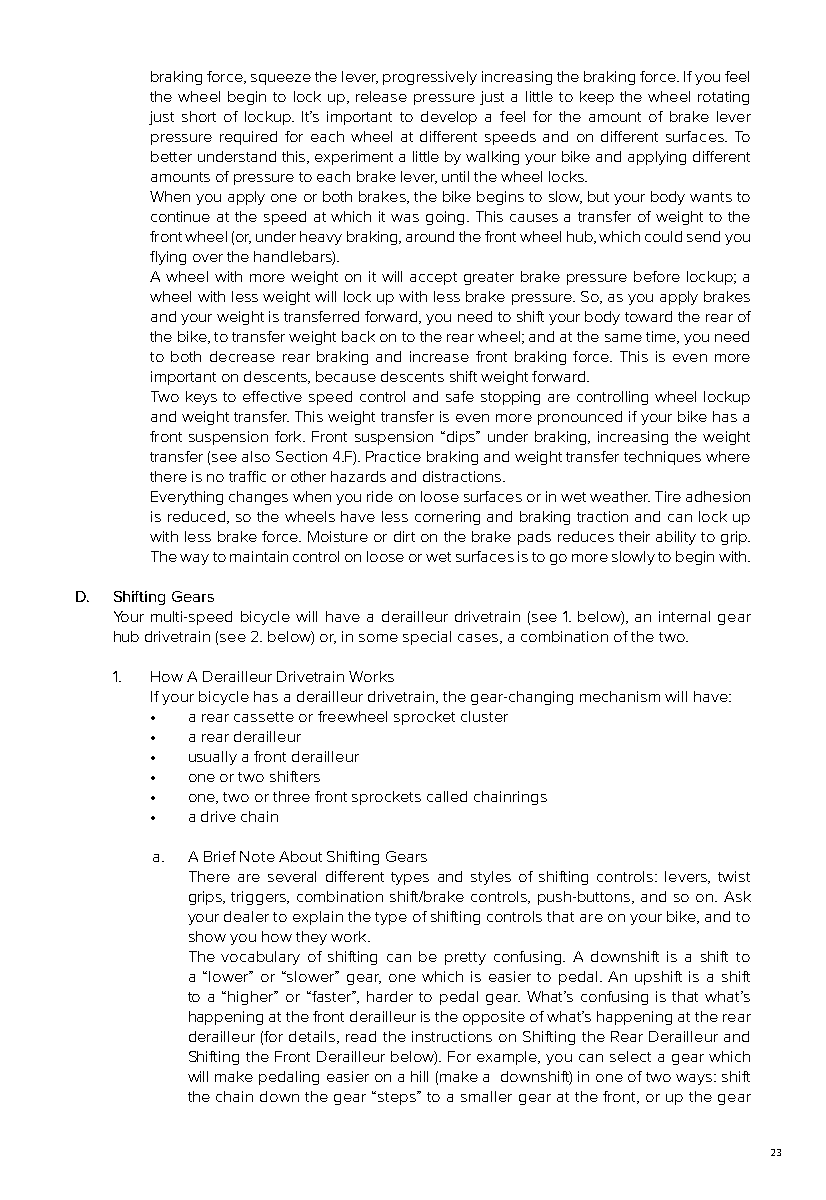
braking force, squeeze the lever, progressively increasing the braking force. If you feel
 the wheel begin to lock up, release pressure just a little to keep the wheel rotating
 just short of lockup. It’s important to develop a feel for the amount of brake lever
 pressure required for each wheel at different speeds and on different surfaces. To
 better understand this, experiment a little by walking your bike and applying different
 amounts of pressure to each brake lever, until the wheel locks.
 When you apply one or both brakes, the bike begins to slow, but your body wants to
 continue at the speed at which it was going. This causes a transfer of weight to the
 front wheel (or, under heavy braking, around the front wheel hub, which could send you
 flying over the handlebars).
 A wheel with more weight on it will accept greater brake pressure before lockup; a
 wheel with less weight will lock up with less brake pressure. So, as you apply brakes
 and your weight is transferred forward, you need to shift your body toward the rear of
 the bike, to transfer weight back on to the rear wheel; and at the same time, you need
 to both decrease rear braking and increase front braking force. This is even more
 important on descents, because descents shift weight forward.
 Two keys to effective speed control and safe stopping are controlling wheel lockup
 and weight transfer. This weight transfer is even more pronounced if your bike has a
 front suspension fork. Front suspension “dips” under braking, increasing the weight
 transfer (see also Section 4.F). Practice braking and weight transfer techniques where
 there is no traffic or other hazards and distractions.
 Everything changes when you ride on loose surfaces or in wet weather. Tire adhesion
 is reduced, so the wheels have less cornering and braking traction and can lock up
 with less brake force. Moisture or dirt on the brake pads reduces their ability to grip.
 The way to maintain control on loose or wet surfaces is to go more slowly to begin with.
 D. Shifting Gears
 Your multi-speed bicycle will have a derailleur drivetrain (see 1. below), an internal gear
 hub drivetrain (see 2. below) or, in some special cases, a combination of the two.
 1. How A Derailleur Drivetrain Works
 If your bicycle has a derailleur drivetrain, the gear-changing mechanism will have:
 • a rear cassette or freewheel sprocket cluster
 • a rear derailleur
 • usually a front derailleur
 • one or two shifters
 • one, two or three front sprockets called chainrings
 • a drive chain
 a. A Brief Note About Shifting Gears
 There are several different types and styles of shifting controls: levers, twist
 grips, triggers, combination shift/brake controls, push-buttons, and so on. Ask
 your dealer to explain the type of shifting controls that are on your bike, and to
 show you how they work.
 The vocabulary of shifting can be pretty confusing. A downshift is a shift to
 a “lower” or “slower” gear, one which is easier to pedal. An upshift is a shift
 to a “higher” or “faster”, harder to pedal gear. What’s confusing is that what’s
 happening at the front derailleur is the opposite of what’s happening at the rear
 derailleur (for details, read the instructions on Shifting the Rear Derailleur and
 Shifting the Front Derailleur below). For example, you can select a gear which
 will make pedaling easier on a hill (make a downshift) in one of two ways: shift
 the chain down the gear “steps” to a smaller gear at the front, or up the gear
 23